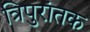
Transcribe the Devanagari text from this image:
त्रिपुरांतक